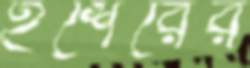
ইশেরের